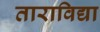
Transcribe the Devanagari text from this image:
ताराविद्या